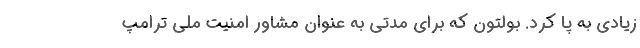
زیادی به پا کرد. بولتون که برای مدتی به عنوان مشاور امنیت ملی ترامپ